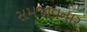
સમજાવનાર